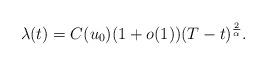
LaTeX: \begin{align*} \lambda(t) = C(u_0)( 1 + o(1)) (T-t)^{ \frac{2}{\alpha } } . \end{align*}